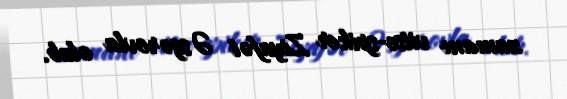
zamanı vitse-spiker Ziyafət Əsgərovla olub.